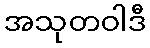
အသုတဝါဒီ